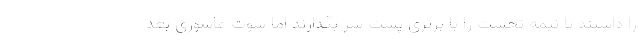
را داشتند تا نیمه نخست را با برتری پشت سر بگذارند اما شوت عاشوری بعد